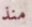
منذ